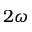
2 \omega